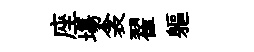
座塲衾翟軀